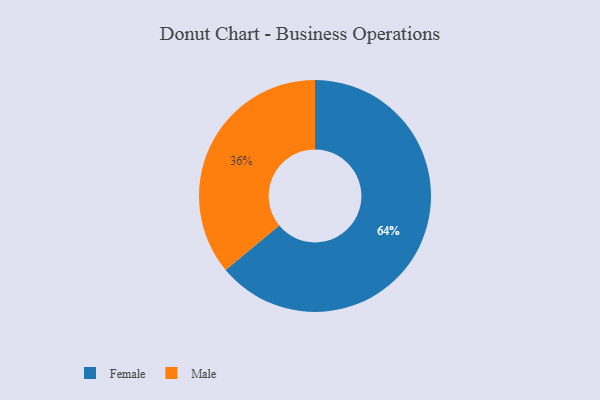
{"axis": {"x": "Category", "y": "Percentage"}, "legend": ["Female", "Male"], "data": [{"x": "Male", "y": 36, "type": "Male"}, {"x": "Female", "y": 64, "type": "Female"}]}